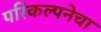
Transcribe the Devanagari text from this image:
परिकल्पनेचा